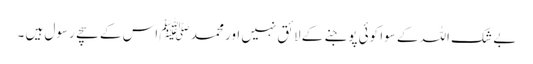
بے شک اللہ کے سوا کوئی پوجنے کے لائق نہیں اور محمد ﷺ اس کے سچے رسول ہیں ۔